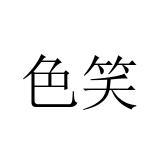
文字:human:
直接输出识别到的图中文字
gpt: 色笑